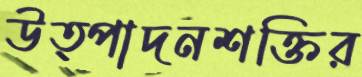
উত্পাদনশক্তির